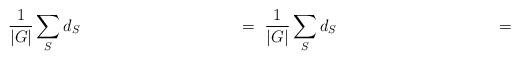
LaTeX: \begin{align*}\rule[-1.5cm]{0cm}{4cm}\frac{1}{|G|}\sum_S d_S\hspace{4cm}=\ \frac{1}{|G|}\sum_S d_S\hspace{4cm}=\end{align*}